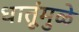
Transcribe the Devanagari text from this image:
धातूंमुळे